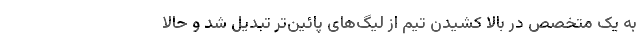
به یک متخصص در بالا کشیدن تیم از لیگ‌های پائین‌تر تبدیل شد و حالا